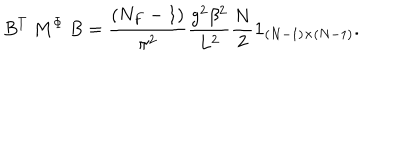
LaTeX: B ^ { T } ~ M ^ { \Phi } ~ B = { \frac { ( N _ { F } - 1 ) } { \pi ^ { 2 } } } { \frac { g ^ { 2 } \beta ^ { 2 } } { L ^ { 2 } } } { \frac { N } { 2 } } { \bf 1 } _ { ( N - 1 ) \times ( N - 1 ) } .